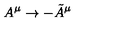
A ^ { \mu } \rightarrow - \tilde { A } ^ { \mu }